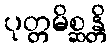
ပုတ္တမိစ္ဆန္တိ